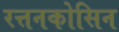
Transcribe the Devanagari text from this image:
रत्तनकोसिन